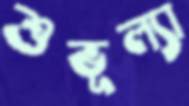
শুভূল্যা